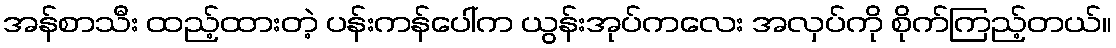
အန်စာသီး ထည့်ထားတဲ့ ပန်းကန်ပေါ်က ယွန်းအုပ်ကလေး အလှပ်ကို စိုက်ကြည့်တယ်။